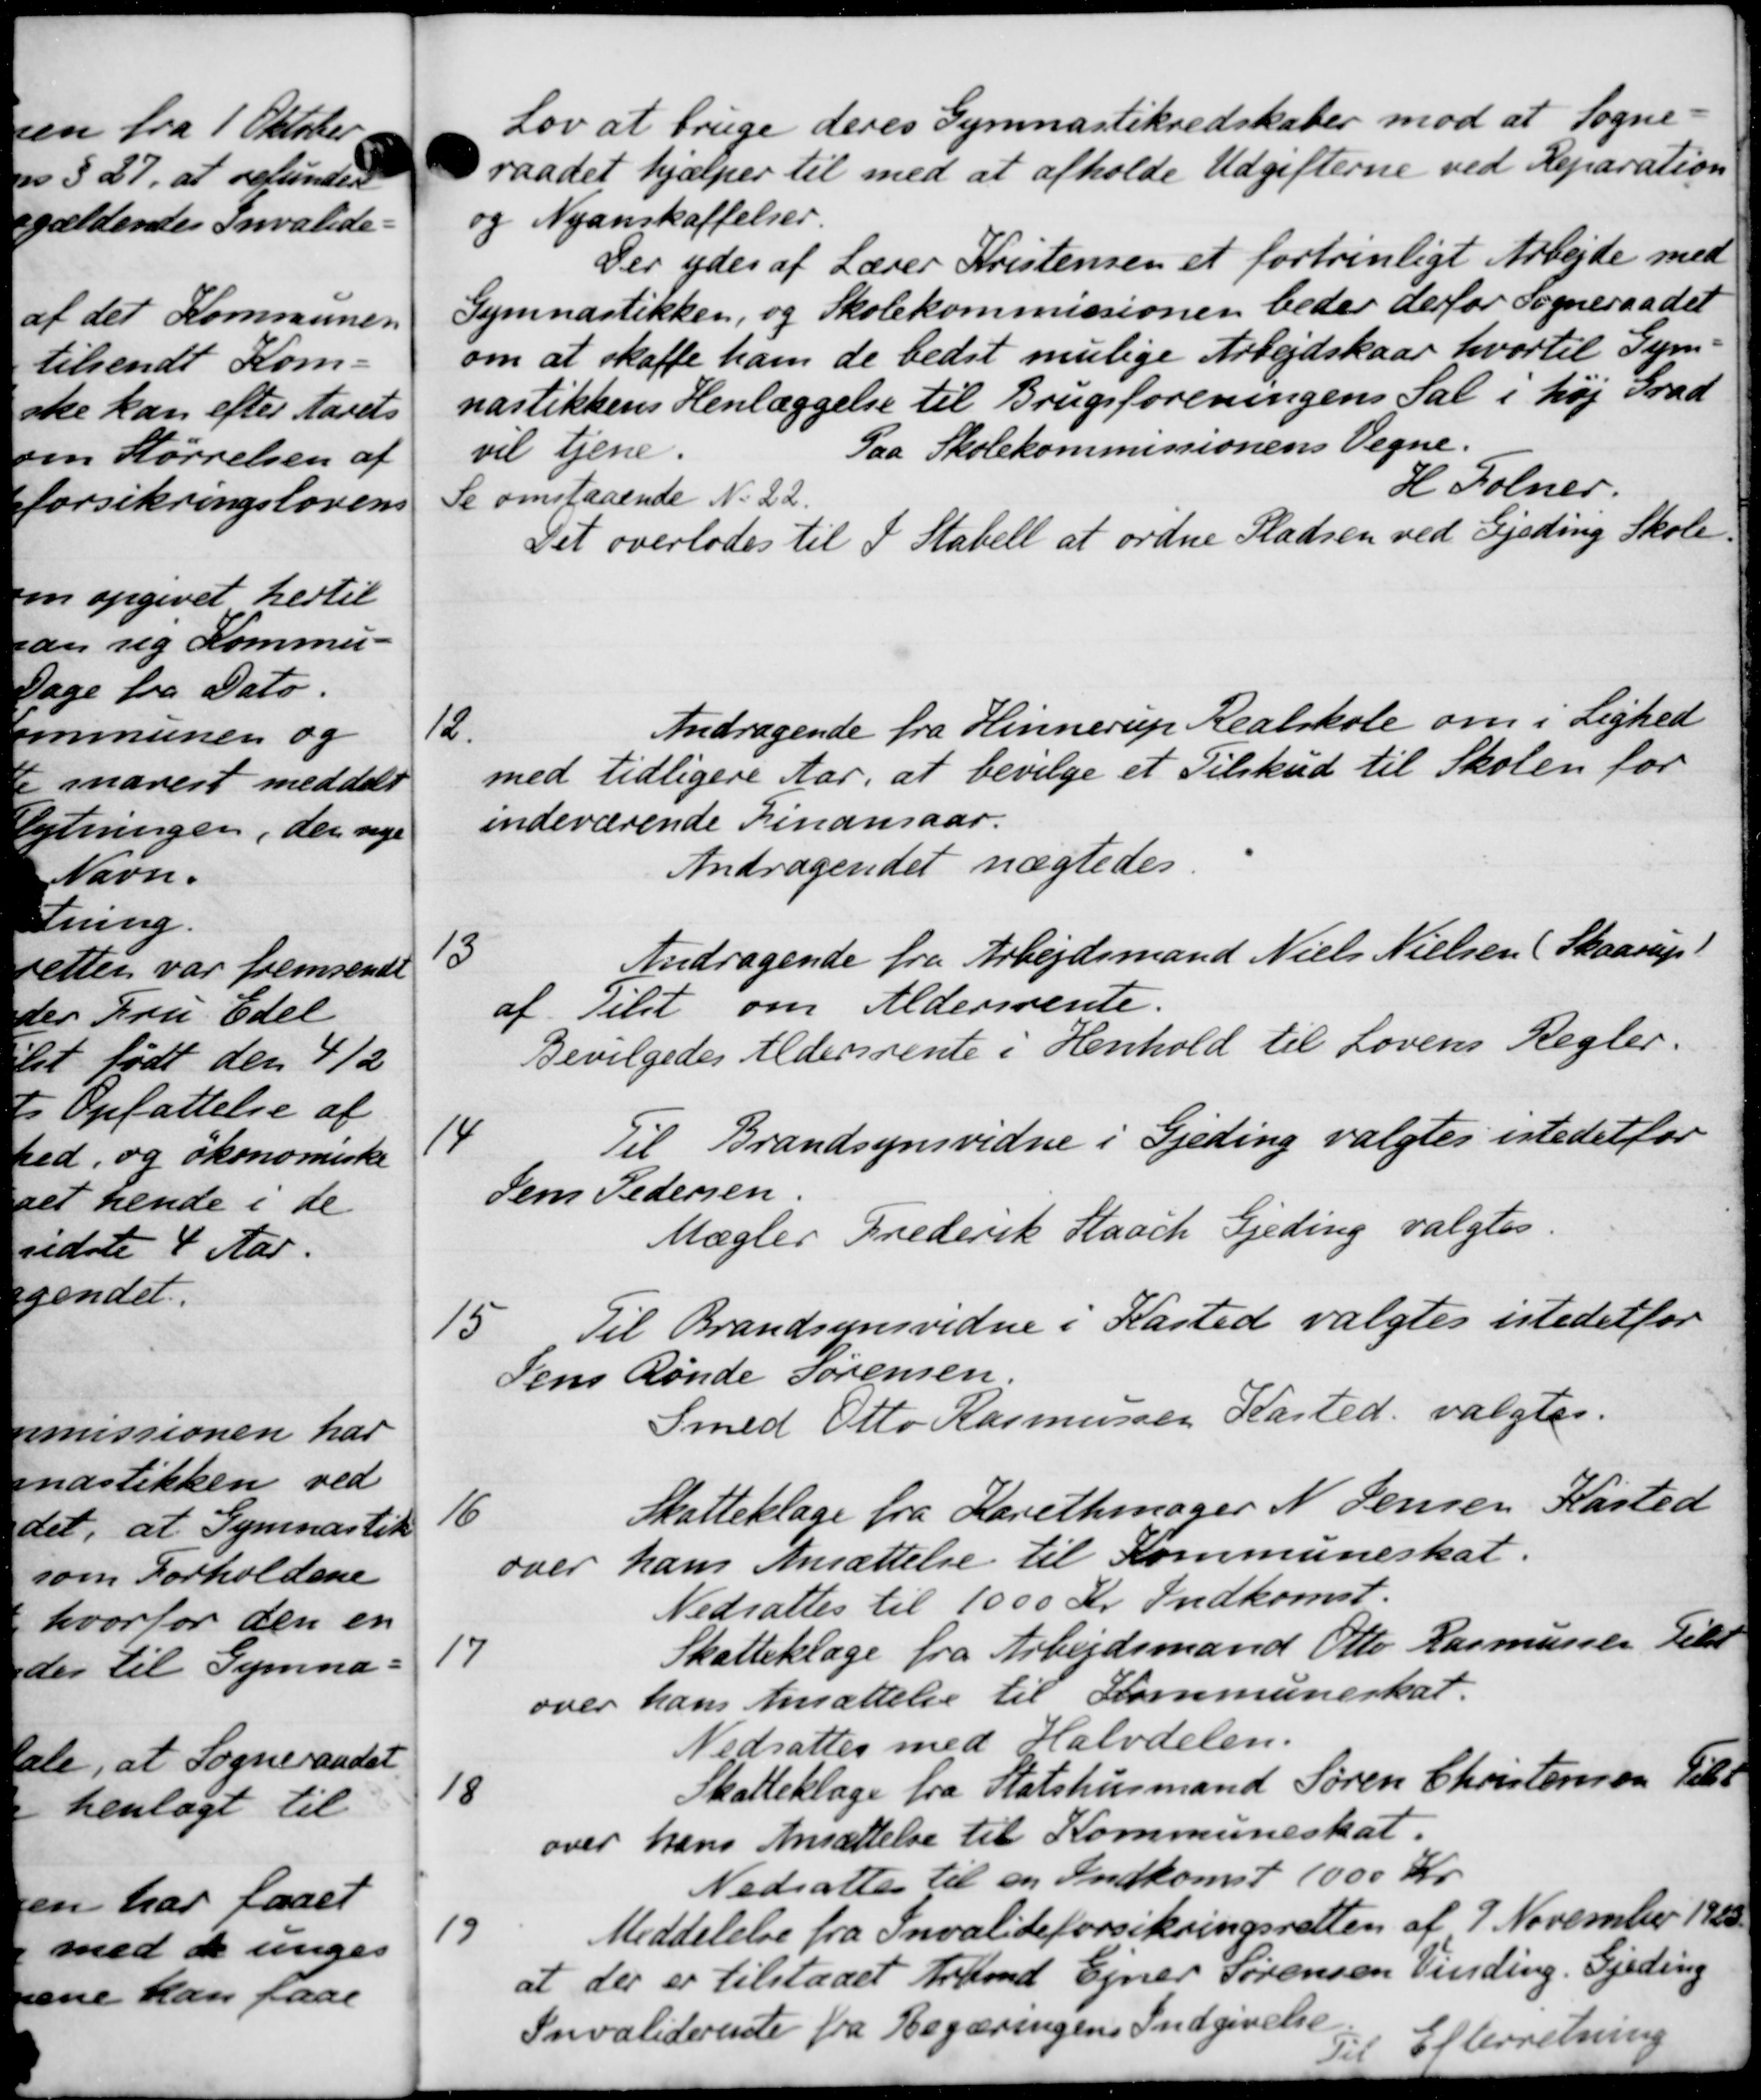
Transskription:
Lov at bruge deres Gymnastikredskaber mod at Sogne
raadet hjælper til med at afholde Udgifterne ved Reparation
og Nyanskaffelser.
Der ydes af Lærer Kristensen et fortrinligt Arbejde med
Gymnastikken, og Skolekommissionen beder derfor Sogneraadet
om at skaffe ham de bedst mulige Arbejdskaar, hvortil Gym-
nastikkens Henlæggelse til Brugsforeningens Sal i høj Grad
vil tjene.
Paa Skolekommissionens Vegne.
Se omstaaende N. 22.
H Folmer.
Det overlodes til I Stabell at ordne Pladsen ved Gjeding Skole.
12.
Andragende fra Hinnerup Realskole om i Lighed
med tidligere Aar, at bevilge et Tilskud til Skolen for
indeværende Finansaar.
Andragendet nægtedes
13
Andragende fra Arbejdsmand Niels Nielsen (Skaarup
af Tilst om Aldersrente.
Bevilgedes Aldersrente i Henhold til Lovens Regler.
14
Til Brandsynsvidne i Gjeding valgtes istedet for
Jens Pedersen
Mægler Frederik Staach Gjeding valgtes.
15
Til Brandsynsvidne i Kasted valgtes istedetfor
Jens Rønde Sørensen
Smed Otto Rasmussen Kasted valgtes.
16
Skatteklage fra Karethmager N. Jensen Kasted
over hans Ansættelse til Kommuneskat.
Nedsattes til 1000 Kr. Indkomst.
17
Skatteklage fra Arbejdsmand Otto Rasmussen Peter
over hans Ansættelse til Kommuneskat.
Nedsattes med Halvdelen.
18
Skatteklage fra Statshusmand Søren Christensen Tele
over hans Ansættelse til Kommuneskat.
Nedsattes til en Indkomst 1000 Kr.
19
Meddelelse fra Invalideforsikringsretten af 7 November 1923.
at der er tilstaaet Arbmd Ejner Sørensen Vinding. Gjeding
Invaliderente fra Begæringens Indgivelse.
Til Efterretning